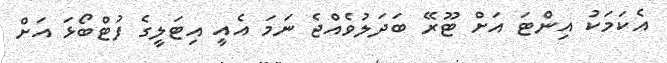
އެކަމަކު އިންޓަ އަށް ޓޫރޭ ބަދަލުވެއްޖެ ނަަަމަ އެއީ އިޓަލީގެ ފުޓްބޯޅަ އަށް